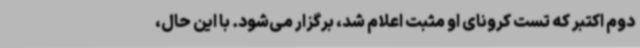
دوم اکتبر که تست کرونای او مثبت اعلام شد، برگزار می‌شود. با این حال،